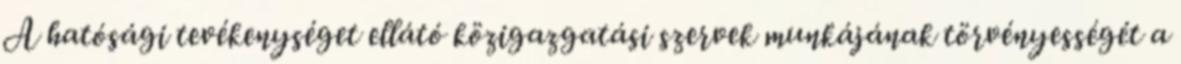
A hatósági tevékenységet ellátó közigazgatási szervek munkájának törvényességét a